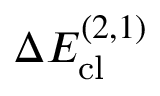
\Delta E _ { \mathrm { c l } } ^ { ( 2 , 1 ) }